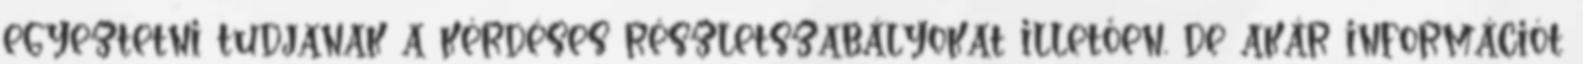
egyeztetni tudjanak a kérdéses részletszabályokat illetően, de akár információt